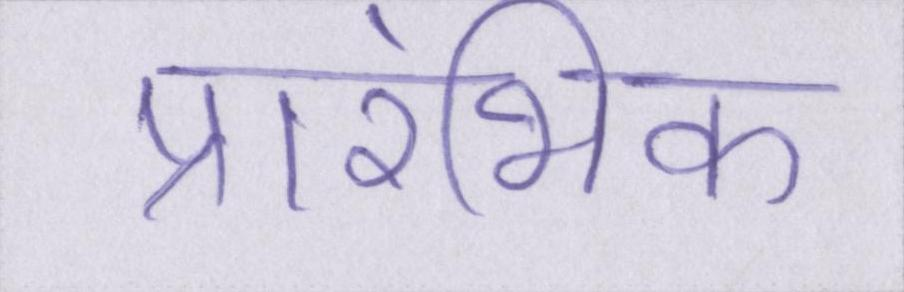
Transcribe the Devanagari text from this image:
प्रारंभिक